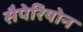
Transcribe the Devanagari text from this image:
सैपेरियोन